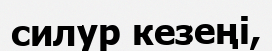
силур кезеңі,